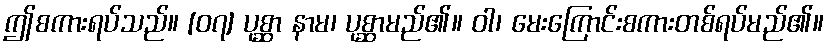
ဤစကားရပ်သည်။ [၀၇] ပုစ္ဆာ နာမ၊ ပုစ္ဆာမည်၏။ ဝါ၊ မေးကြောင်းစကားတစ်ရပ်မည်၏။